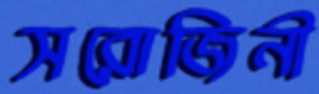
সরোজিনী